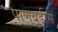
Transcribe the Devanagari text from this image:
पाणबुडीस